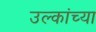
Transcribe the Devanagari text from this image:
उल्कांच्या